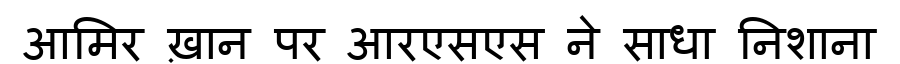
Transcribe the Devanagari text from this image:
आमिर ख़ान पर आरएसएस ने साधा निशाना